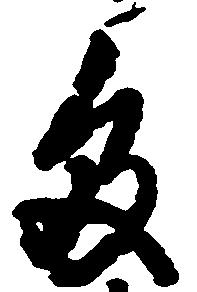
多